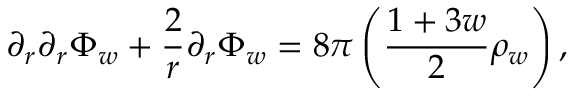
\partial _ { r } \partial _ { r } \Phi _ { w } + \frac { 2 } { r } \partial _ { r } \Phi _ { w } = 8 \pi \left( \frac { 1 + 3 w } { 2 } \rho _ { w } \right) ,